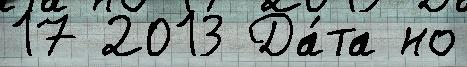
17 2013 Да́та но